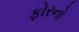
ફોરનો